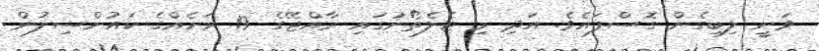
ވަނީ ލިބިގެން ގޮސްފައެވެ. އަދި މި ޓެލެތޯނުގައި ރާއްޖޭގެ 19 ރަށެއްގެ ކައުންސިލުން